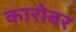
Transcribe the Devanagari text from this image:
कारोबर